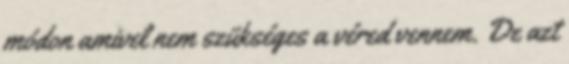
módon amivel nem szükséges a véred vennem. De azt